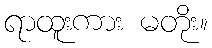
ရာထူးကား မတိုး။